Proceedings of the meeting of veterinary officers in India
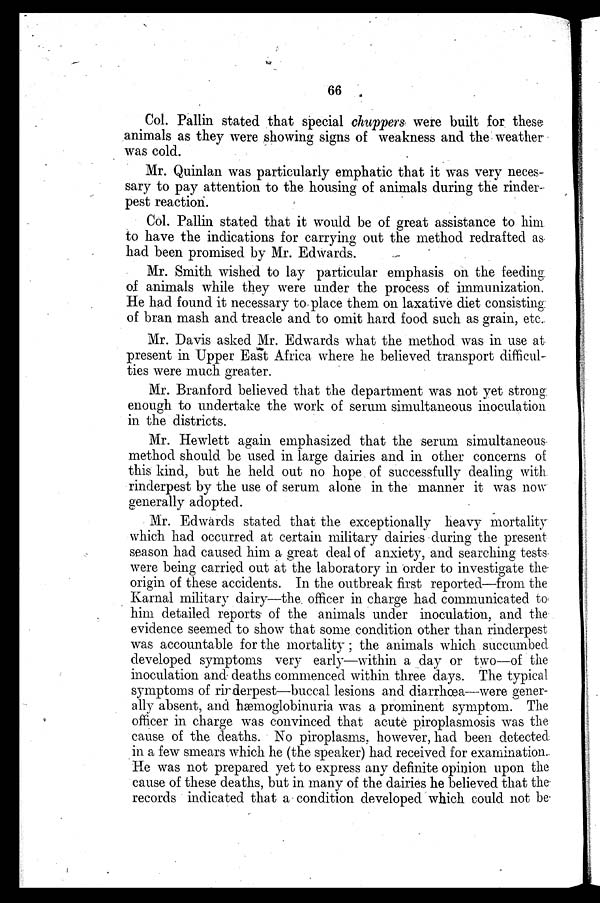
66
Col. Pallin stated that special chuppers were built for these.
animals as they were showing signs of weakness and the weather
was cold.
Mr. Quinlan was particularly emphatic that it was very neces-
sary to pay attention to the housing of animals during the rinder-
pest reaction.
Col. Pallin stated that it would be of great assistance to him
to have the indications for carrying out the method redrafted as
had been promised by Mr. Edwards.
Mr. Smith wished to lay particular emphasis on the feeding
of animals while they were under the process of immunization.
He had found it necessary to place them on laxative diet consisting
of bran mash and treacle and to omit hard food such as grain, etc.
Mr. Davis asked Mr. Edwards what the method was in use at
present in Upper East Africa where he believed transport difficul-
ties were much greater.
Mr. Branford believed that the department was not yet strong
enough to undertake the work of serum simultaneous inoculation
in the districts.
Mr. Hewlett again emphasized that the serum simultaneous
method should be used in large dairies and in other concerns of
this kind, but he held out no hope of successfully dealing with
rinderpest by the use of serum alone in the manner it was now
generally adopted.
Mr. Edwards stated that the exceptionally heavy mortality
which had occurred at certain military dairies during the present
season had caused him a great deal of anxiety, and searching tests
were being carried out at the laboratory in order to investigate the
origin of these accidents. In the outbreak first reported—from the
Karnal military dairy—the officer in charge had communicated to
him detailed reports of the animals under inoculation, and the
evidence seemed to show that some condition other than rinderpest
was accountable for the mortality; the animals which succumbed
developed symptoms very early—within a day or two—of the
inoculation and deaths commenced within three days. The typical
symptoms of rinderpest—buccal lesions and diarrhœa—were gener-
ally absent, and hæmoglobinuria was a prominent symptom. The
officer in charge was convinced that acute piroplasmosis was the
cause of the deaths. No piroplasms, however, had been detected
in a few smears which he (the speaker) had received for examination.
He was not prepared yet to express any definite opinion upon the
cause of these deaths, but in many of the dairies he believed that the
records indicated that a condition developed which could not be